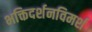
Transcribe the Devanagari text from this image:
भक्तिदर्शनविमर्श